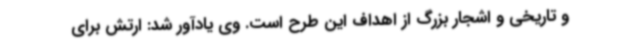
و تاریخی و اشجار بزرگ از اهداف این طرح است. وی یادآور شد: ارتش برای